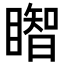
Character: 𥋒